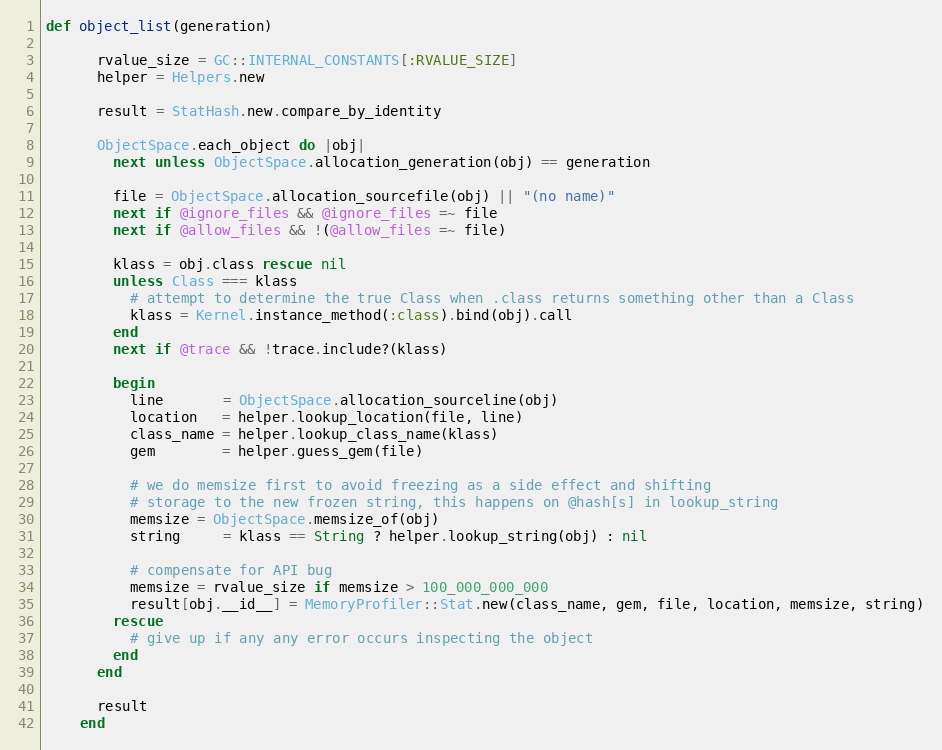
Language: Ruby
def object_list(generation)

      rvalue_size = GC::INTERNAL_CONSTANTS[:RVALUE_SIZE]
      helper = Helpers.new

      result = StatHash.new.compare_by_identity

      ObjectSpace.each_object do |obj|
        next unless ObjectSpace.allocation_generation(obj) == generation

        file = ObjectSpace.allocation_sourcefile(obj) || "(no name)"
        next if @ignore_files && @ignore_files =~ file
        next if @allow_files && !(@allow_files =~ file)

        klass = obj.class rescue nil
        unless Class === klass
          # attempt to determine the true Class when .class returns something other than a Class
          klass = Kernel.instance_method(:class).bind(obj).call
        end
        next if @trace && !trace.include?(klass)

        begin
          line       = ObjectSpace.allocation_sourceline(obj)
          location   = helper.lookup_location(file, line)
          class_name = helper.lookup_class_name(klass)
          gem        = helper.guess_gem(file)

          # we do memsize first to avoid freezing as a side effect and shifting
          # storage to the new frozen string, this happens on @hash[s] in lookup_string
          memsize = ObjectSpace.memsize_of(obj)
          string     = klass == String ? helper.lookup_string(obj) : nil

          # compensate for API bug
          memsize = rvalue_size if memsize > 100_000_000_000
          result[obj.__id__] = MemoryProfiler::Stat.new(class_name, gem, file, location, memsize, string)
        rescue
          # give up if any any error occurs inspecting the object
        end
      end

      result
    end